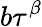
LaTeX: b\tau^{\beta}